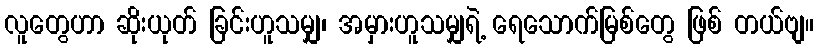
လူတွေဟာ ဆိုးယုတ် ခြင်းဟူသမျှ၊ အမှားဟူသမျှရဲ့ ရေသောက်မြစ်တွေ ဖြစ် တယ်ဗျ။